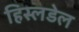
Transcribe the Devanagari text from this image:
हिस्लडेल